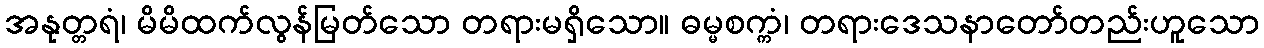
အနုတ္တရံ၊ မိမိထက်လွန်မြတ်သော တရားမရှိသော။ ဓမ္မစက္ကံ၊ တရားဒေသနာတော်တည်းဟူသော